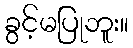
ခွင့်မပြုဘူး။